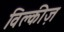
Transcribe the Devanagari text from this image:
विल्कीज़